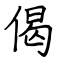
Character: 偈